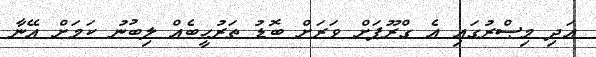
އަދި މިޞްރުގައި އެ ގްރޫޕަށް ވަރަށް ބޮޑު ތަރުޙީބެއް ލިބުނު ކަމަށް އޭނާ